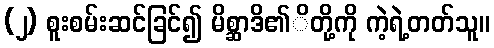
(၂) စူးစမ်းဆင်ခြင်၍ မိစ္ဆာဒိ၏ိတို့ကို ကဲ့ရဲ့တတ်သူ။